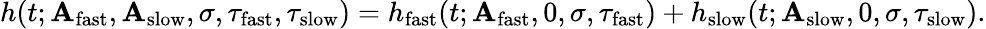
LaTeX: h(t;\mathbf{A}_{\mathrm{{fast}}},\mathbf{A}_{\mathrm{{slow}}},\sigma,\tau_{\mathrm{{fast}}},\tau_{\mathrm{{slow}}})=h_{\mathrm{{fast}}}(t;\mathbf{A}_{\mathrm{{fast}}},0,\sigma,\tau_{\mathrm{{fast}}})+h_{\mathrm{{slow}}}(t;\mathbf{A}_{\mathrm{{slow}}},0,\sigma,\tau_{\mathrm{{slow}}}).